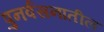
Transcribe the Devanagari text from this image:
पुनर्वसनातील